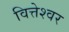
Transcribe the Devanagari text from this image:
वित्तेश्वर